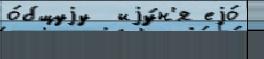
о́бщуjу  иjу́н'я еjо́